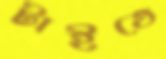
টাইতে